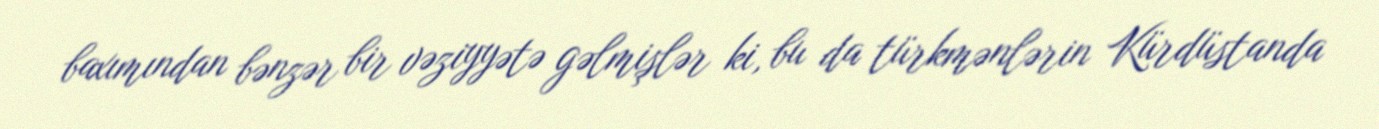
baxımından bənzər bir vəziyyətə gəlmişlər ki, bu da türkmənlərin Kürdüstanda